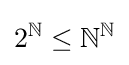
2^{\mathbb {N} }\leq {\mathbb {N} }^{\mathbb {N} }